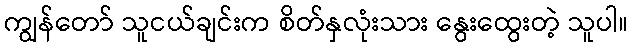
ကျွန်တော် သူငယ်ချင်းက စိတ်နှလုံးသား နွေးထွေးတဲ့ သူပါ။